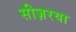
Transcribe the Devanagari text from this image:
सीज़रया